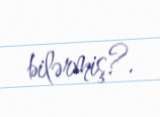
bilərmiş?.